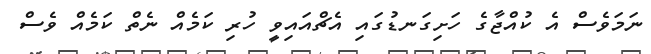
ނަމަވެސް އެ ކުއްޖާގެ ހަށިގަނޑުގައި އެޗްއައިވީ ހުރި ކަމެއް ނެތް ކަމެއް ވެސް